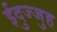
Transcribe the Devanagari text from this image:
ईदुज्जुह